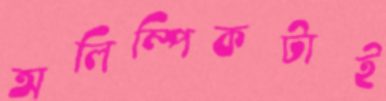
অলিম্পিকটাই